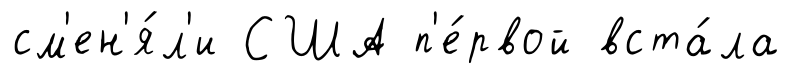
см'ен'я́л'и США п'е́рвой вста́ла